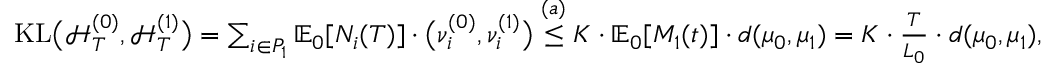
\begin{array} { r } { \mathrm { K L } \big ( \mathcal { H } _ { T } ^ { ( 0 ) } , \mathcal { H } _ { T } ^ { ( 1 ) } \big ) = \sum _ { i \in P _ { 1 } } \mathbb { E } _ { 0 } [ N _ { i } ( T ) ] \cdot \big ( \nu _ { i } ^ { ( 0 ) } , \nu _ { i } ^ { ( 1 ) } \big ) \overset { ( a ) } { \le } K \cdot \mathbb { E } _ { 0 } [ M _ { 1 } ( t ) ] \cdot d ( \mu _ { 0 } , \mu _ { 1 } ) = K \cdot \frac { T } { L _ { 0 } } \cdot d ( \mu _ { 0 } , \mu _ { 1 } ) , } \end{array}